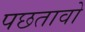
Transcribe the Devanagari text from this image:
पछतावो